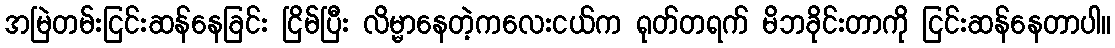
အမြဲတမ်းငြင်းဆန်နေခြင်း ငြိမ်ပြီး လိမ္မာနေတဲ့ကလေးငယ်က ရုတ်တရက် မိဘခိုင်းတာကို ငြင်းဆန်နေတာပါ။